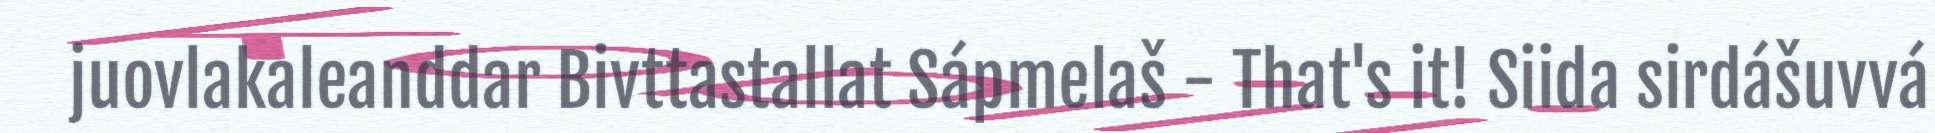
juovlakaleanddar Bivttastallat Sápmelaš - That's it! Siida sirdášuvvá